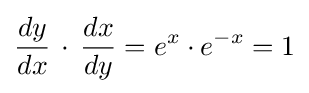
{\frac {dy}{dx}}\,\cdot \,{\frac {dx}{dy}}=e^{x}\cdot e^{-x}=1